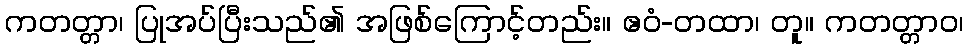
ကတတ္တာ၊ ပြုအပ်ပြီးသည်၏ အဖြစ်ကြောင့်တည်း။ ဧဝံ-တထာ၊ တူ။ ကတတ္တာဝ၊